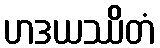
ဟဒယဿိတံ